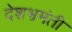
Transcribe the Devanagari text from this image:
देशभ्रमंती